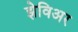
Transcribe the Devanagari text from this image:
झेविअर